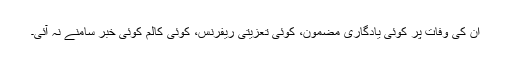
ان کی وفات پر کوئی یادگاری مضمون، کوئی تعزیتی ریفرنس، کوئی کالم کوئی خبر سامنے نہ آئی۔